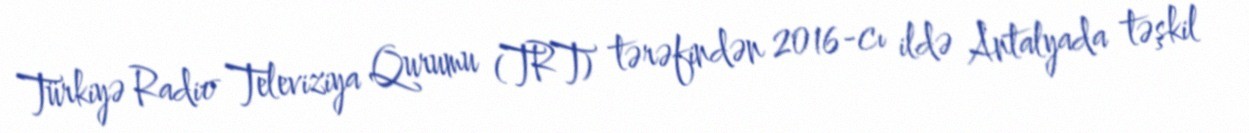
Türkiyə Radio Televiziya Qurumu (TRT) tərəfindən 2016-cı ildə Antalyada təşkil